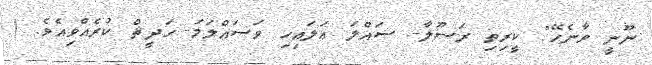
ނޫނީ ވާނެހޭ". ކީރިތި ރަސޫލާ- ޞައްލަ ޢަލައިހި ވަސައްލަމަ- ޙަދީޘް ކުރެއްވިއެވެ. (